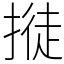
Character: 𢲛